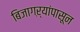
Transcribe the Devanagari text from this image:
बिजागऱ्यांपासून